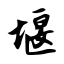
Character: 堰